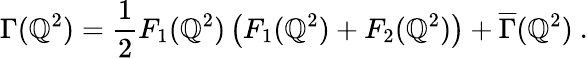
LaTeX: \Gamma(\mathbb{Q}^{2})={\frac{{1}}{{2}}}F_{1}(\mathbb{Q}^{2})\left(F_{1}(\mathbb{Q}^{2})+F_{2}(\mathbb{Q}^{2})\right)+{\overline{{{\Gamma}}}}(\mathbb{Q}^{2})\ .